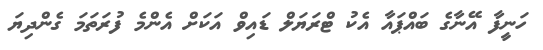
ހަނީފާ އޭނާގެ ބައްޕައާ އެކު ޓްރަޔަލް ޑައިވް އަކަށް އެންމެ ފުރަތަމަ ގެންދިޔަ